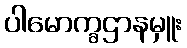
ပါမောက္ခဌာနမှူး